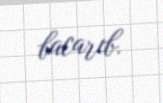
bacarıb.